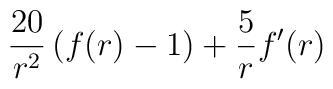
{20 \over r^2} \, (f(r)-1) + {5 \over r} f'(r)